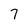
Character: 7